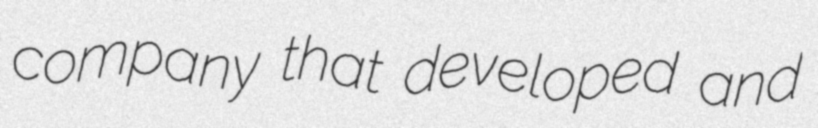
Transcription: company that developed and